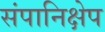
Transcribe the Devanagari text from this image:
संपानिक्षेप